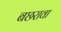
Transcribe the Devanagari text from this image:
बछरावा